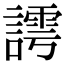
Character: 謣